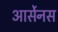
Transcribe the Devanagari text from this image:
आर्सेनस